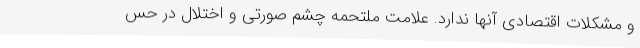
و مشکلات اقتصادی آنها ندارد. علامت ملتحمه چشم صورتی و اختلال در حس